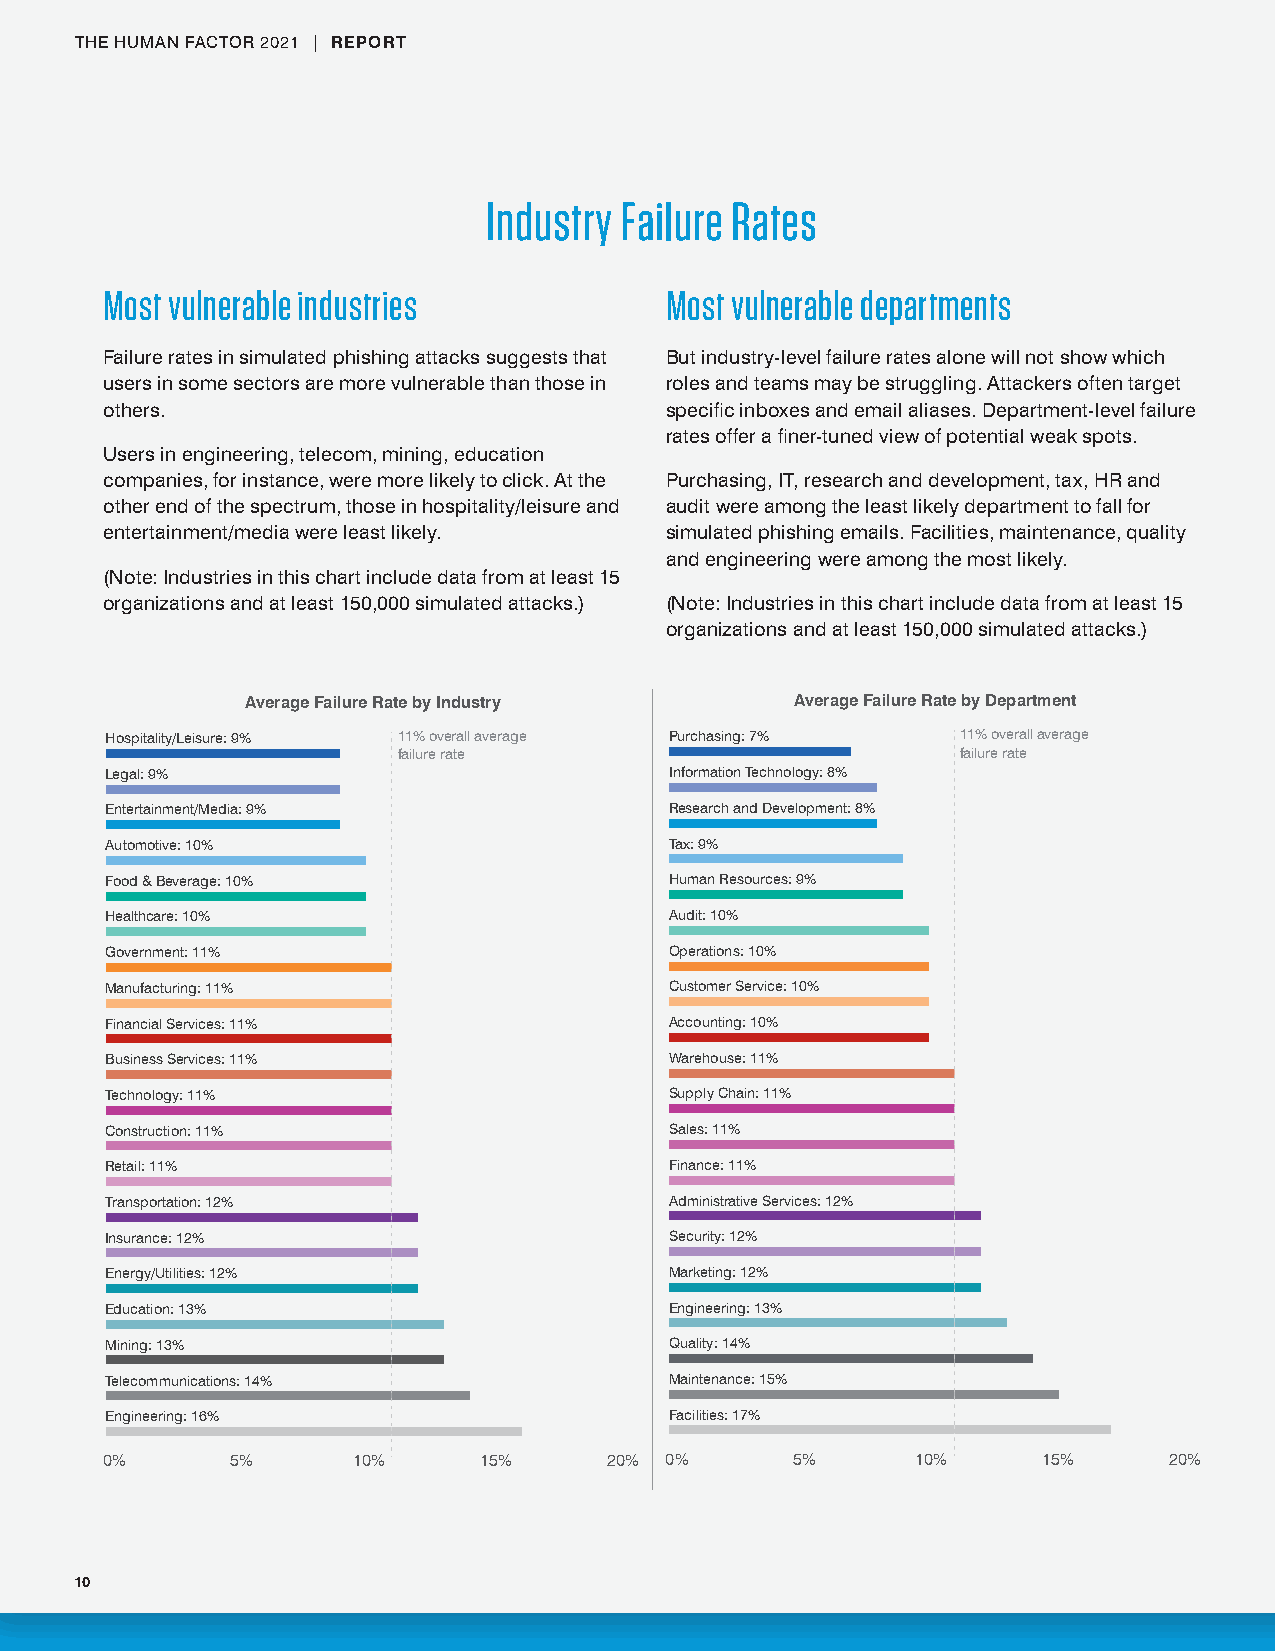
THE HUMAN FACTOR 2021 | REPORT
 Industry Failure Rates
 Most vulnerable industries           Most vulnerable departments
 Failure rates in simulated phishing attacks suggests that But industry-level failure rates alone will not show which
 users in some sectors are more vulnerable than those in roles and teams may be struggling. Attackers often target
 others.                              specific inboxes and email aliases. Department-level failure
 rates offer a finer-tuned view of potential weak spots.
 Users in engineering, telecom, mining, education
 companies, for instance, were more likely to click. At the Purchasing, IT, research and development, tax, HR and
 other end of the spectrum, those in hospitality/leisure and audit were among the least likely department to fall for
 entertainment/media were least likely. simulated phishing emails. Facilities, maintenance, quality
 and engineering were among the most likely.
 (Note: Industries in this chart include data from at least 15
 organizations and at least 150,000 simulated attacks.) (Note: Industries in this chart include data from at least 15
 organizations and at least 150,000 simulated attacks.)
 Average Failure Rate by Industry     Average Failure Rate by Department
 Hospitality/Leisure: 9% 11% overall average Purchasing: 7% 11% overall average
 failure rate                          failure rate
 Legal: 9%                            Information Technology: 8%
 Entertainment/Media: 9%              Research and Development: 8%
 Automotive: 10%                      Tax: 9%
 Food & Beverage: 10%                 Human Resources: 9%
 Healthcare: 10%                      Audit: 10%
 Government: 11%                      Operations: 10%
 Manufacturing: 11%                   Customer Service: 10%
 Financial Services: 11%              Accounting: 10%
 Business Services: 11%               Warehouse: 11%
 Technology: 11%                      Supply Chain: 11%
 Construction: 11%                    Sales: 11%
 Retail: 11%                          Finance: 11%
 Transportation: 12%                  Administrative Services: 12%
 Insurance: 12%                       Security: 12%
 Energy/Utilities: 12%                Marketing: 12%
 Education: 13%                       Engineering: 13%
 Mining: 13%                          Quality: 14%
 Telecommunications: 14%              Maintenance: 15%
 Engineering: 16%                     Facilities: 17%
 0%      5%      10%      15%     20% 0%      5%       10%     15%     20%
 10